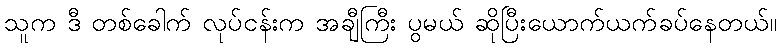
သူက ဒီ တစ်ခေါက် လုပ်ငန်းက အချီကြီး ပွမယ် ဆိုပြီးယောက်ယက်ခပ်နေတယ်။